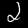
Digit: 2